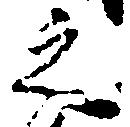
之